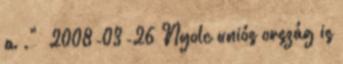
a ." 2008-03-26 Nyolc uniós ország is